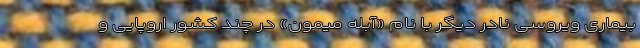
بیماری ویروسی نادر دیگر با نام «آبله میمون» در چند کشور اروپایی و